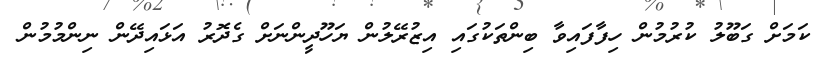
ކަމަށް ގަބޫލު ކުރުމުން ހިފާފައިވާ ބިންތަކުގައި އިޒުރޭލުން ޔަހޫދީންނަށް ގެދޮރު އަޅައިދޭން ނިންމުމުން